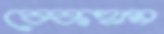
বেকহাম